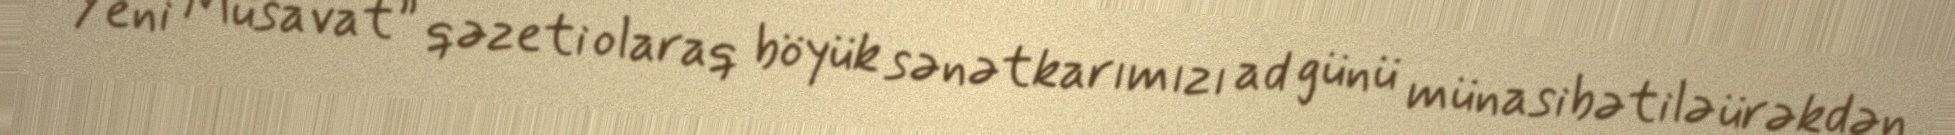
“Yeni Müsavat” qəzeti olaraq böyük sənətkarımızı ad günü münasibətilə ürəkdən